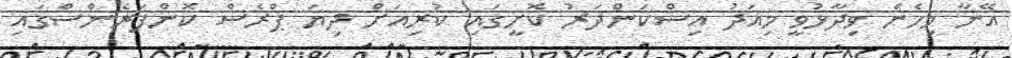
އޭނާ މިހެން ވިދާޅުވީ މިއަދު އިސްކަންދަރު ކޮށީގައި ކުރިއަށް ދިޔަ ޕްރެސް ކޮންފަރެންސްގައި